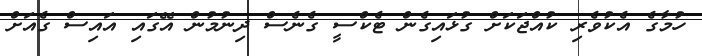
ހުމާގެ އެކުވެރި ކުއްޖަކަށް ގުޅައިގެން ޓެކްސީ ގެނެސް ދިނުމުން އޭގައި އައިސް ގެއަށް